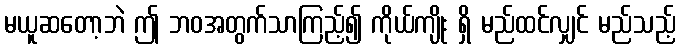
မယူဆတော့ဘဲ ဤ ဘဝအတွက်သာကြည့်၍ ကိုယ်ကျိုး ရှိ မည်ထင်လျှင် မည်သည့်